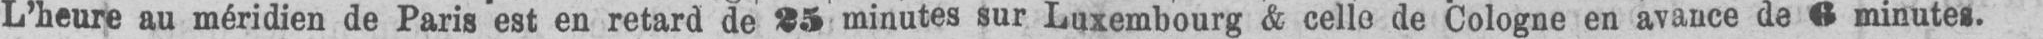
L’heure au méridien de Paris est en retard de 25 minutes sur Luxembourg &amp; celle de Cologne en avance de 6 minutes.